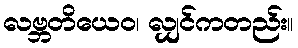
လဗ္ဘတိယေဝ၊ လျှင်ကတည်း။